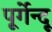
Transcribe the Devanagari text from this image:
पूर्गेन्दू